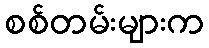
စစ်တမ်းများက